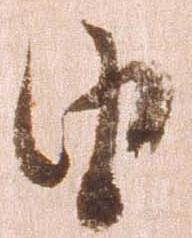
由